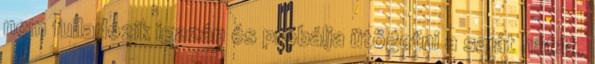
nem fulladozik igazán és próbálja ütögetni a saját hátát,